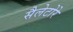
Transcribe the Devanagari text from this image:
सैलेटोरे